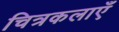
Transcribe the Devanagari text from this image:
चित्रकलाएँ